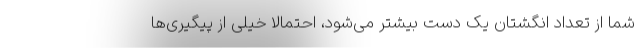
شما از تعداد انگشتان یک دست بیشتر می‌شود، احتمالا خیلی از پیگیری‌ها